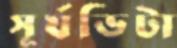
সূর্যভিটা